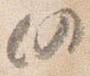
仍